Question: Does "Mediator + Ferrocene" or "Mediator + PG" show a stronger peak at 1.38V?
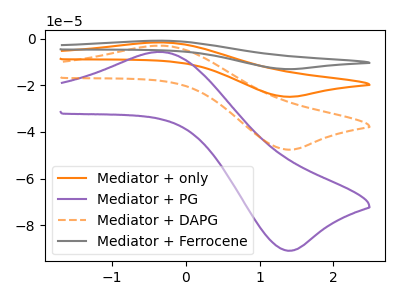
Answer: <think>The orange curve "Mediator + only" has an anodic peak at (-0.30V, -5.90uA) and a cathodic peak at (1.40V, -95.20uA). The purple curve "Mediator + PG" has an anodic peak at (-0.30V, -5.65uA) and a cathodic peak at (1.40V, -91.00uA). The orange dashed curve "Mediator + DAPG" has an anodic peak at (-0.30V, -2.95uA) and a cathodic peak at (1.40V, -47.60uA). The gray curve "Mediator + Ferrocene" has an anodic peak at (-0.30V, -8.85uA) and a cathodic peak at (1.40V, -142.80uA).</think>
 <answer>The peak at 1.38V is higher in "Mediator + Ferrocene" than in "Mediator + PG".</answer>
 <eval>higher</eval>